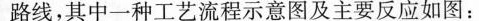
路线，其中一种工艺流程示意图及主要反应如图：